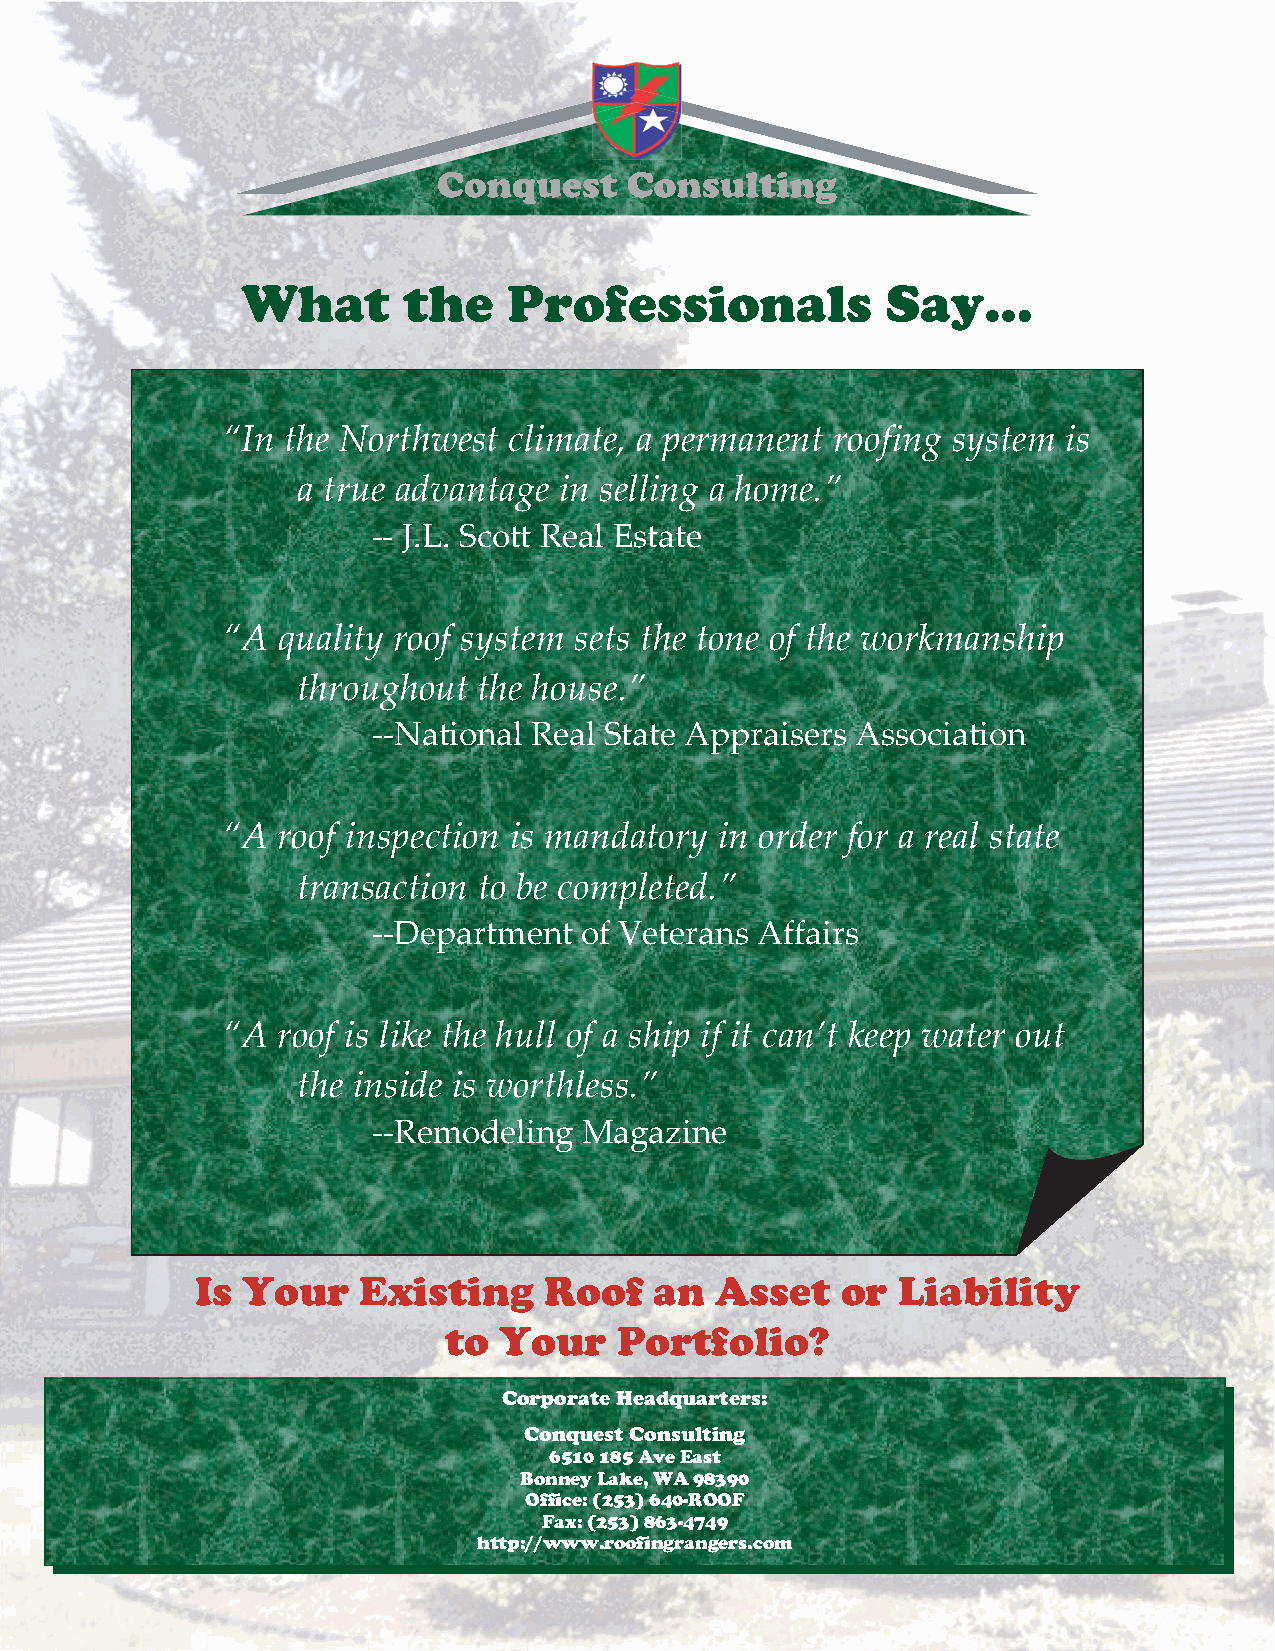
What       the    Professionals            Say…
 “In the Northwest  climate, a permanent roofing system  is
 a true advantage in selling a home.”
 -- J.L. Scott Real Estate
 “A quality roof system sets the tone of the workmanship
 throughout  the house.”
 --National Real State Appraisers Association
 “A roof inspection is mandatory  in order for a real state
 transaction to be completed.”
 --Department of Veterans Affairs
 “A roof is like the hull of a ship if it can’t keep water out
 the inside is worthless.”
 --Remodeling  Magazine
 Is Your    Existing    Roof   an  Asset    or  Liability
 to  Your    Portfolio?
 CorporateHeadquarters:
 ConquestConsulting
 6510185AveEast
 BonneyLake,WA98390
 Office:(253)640-ROOF
 Fax:(253)863-4749
 http://www.roofingrangers.com